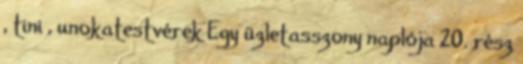
, tini , unokatestvérek Egy üzletasszony naplója 20. rész